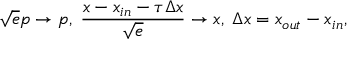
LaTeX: { \sqrt { e } } p \rightarrow p , \; \frac { x - x _ { i n } - \tau { \Delta x } } { \sqrt e } \rightarrow x , \; { \Delta x } = x _ { o u t } - x _ { i n } , \,